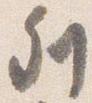
列